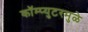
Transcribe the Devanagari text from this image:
कॉम्प्युटरमुळे